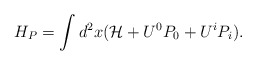
\begin{align*}H_{P}=\int d^{2}x({\mathcal{H}}+U^{0}P_{0}+U^{i}P_{i}).\end{align*}